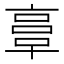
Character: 𠅷